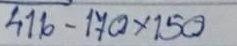
416 - 170 x 150